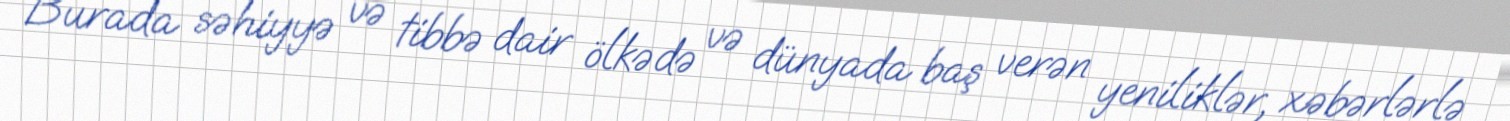
Burada səhiyyə və tibbə dair ölkədə və dünyada baş verən yeniliklər, xəbərlərlə